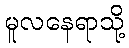
မူလနေရာသို့